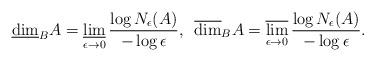
LaTeX: \begin{align*} \underline{\dim}_B A = \mathop{\underline{\lim}}_{\epsilon\to 0} \frac{\log N_{\epsilon}(A)}{-\log\epsilon}, \,\,\, \overline{\dim}_B A = \mathop{\overline\lim}_{\epsilon\to 0} \frac{\log N_{\epsilon}(A)}{-\log\epsilon}.\end{align*}